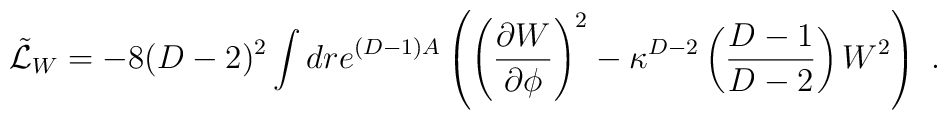
{\tilde {\cal L}}_W= -8(D-2)^2\int dr e^{(D-1)A}\left( \left({\partial W\over \partial\phi}\right)^2-\kappa^{D-2}\left({D-1\over D-2}\right)W^2\right)\ .